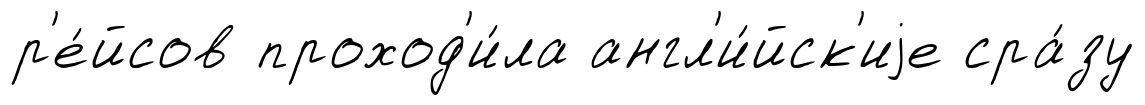
р'е́йсов проход'и́ла англ'и́йск'иjе сра́зу